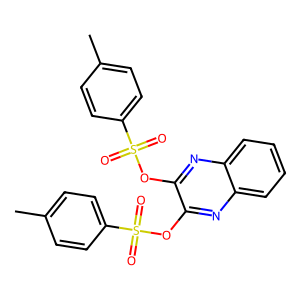
SMILES: Cc1ccc(S(=O)(=O)Oc2nc3ccccc3nc2OS(=O)(=O)c2ccc(C)cc2)cc1
Inhibits HIV replication: No